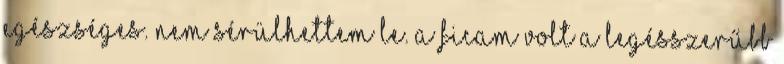
egészséges. Nem sérülhettem le. A ficam volt a legésszerűbb